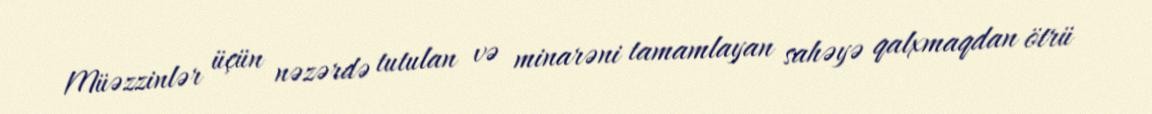
Müəzzinlər üçün nəzərdə tutulan və minarəni tamamlayan sahəyə qalxmaqdan ötrü